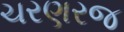
ચરણરજ